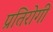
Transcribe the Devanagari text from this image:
प्रतिरोगी